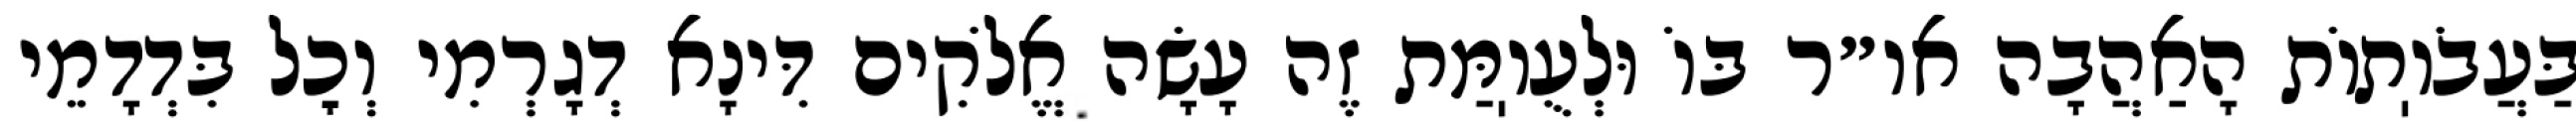
בַּעֲבֹוֽתוֹת הָאַהֲבָה או״ר בּוֹ וּלְעֻוֽמַּת זֶה עָשָׂה אֱלֹקִים דִּינָא דְגָרְמִי וְכׇל בִּדְדָמֵי